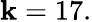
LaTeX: \mathbf{k}=17.